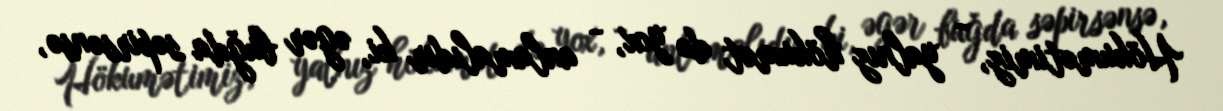
Hökumətimiz, - yalnız hökumət də yox, - anlamalıdır ki, əgər buğda səpirsənsə,